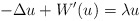
\begin{align*}-\Delta u+W^{\prime }(u)=\lambda u \end{align*}